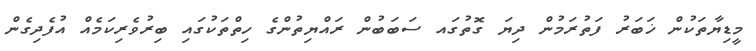
މީޑިޔާތަކުން ޚަބަރު ފަތުރަމުން ދިޔަ ގޮތުގައ ސަބަބުން ރައްޔިތުންގެ ހިތްތަކުގައި ބިރުވެރިކަމެއް އުފެދިގެން